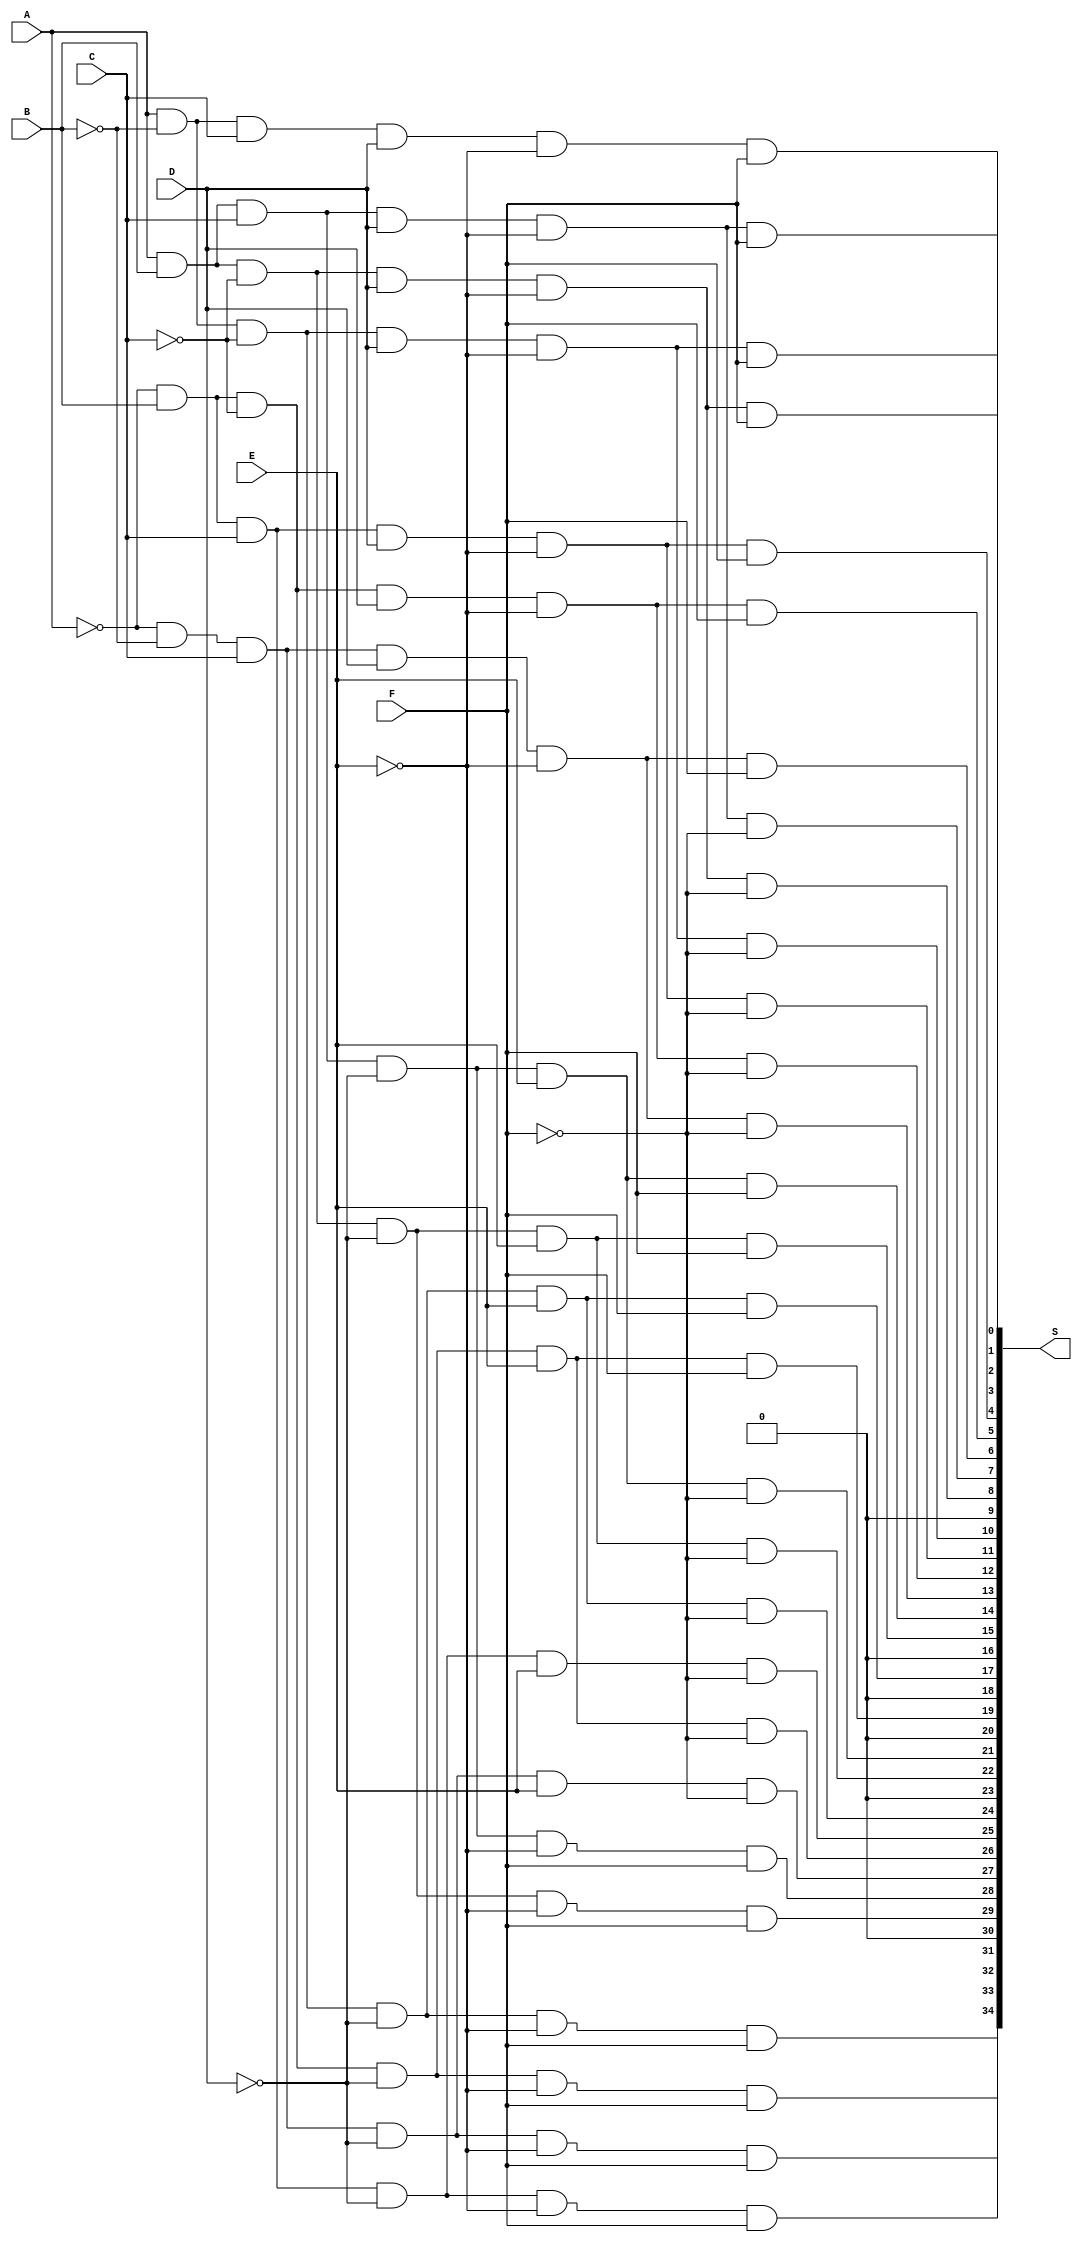
module bits35( //mudar para express~oes naordem nova 
	input A,B,C,D,E,F,
	output [34:0] S
);

not not0(A1,A);
not not1(B1,B);
not not2(C1,C);
not not3(D1,D);
not not4(E1,E);
not not5(F1,F);

//PRIMEIRO
and and0(S[34], A1,B1,C,D1,E1,F);
and and1(S[33], A1,B,C1,D1,E1,F);
and and2(S[32], A1,B,C,D1,E1,F);
and and3(S[31], A,B1,C1,D1,E1,F);
and and4(S[30], A,1'b0);
and and5(S[29], A,B,C1,D1,E1,F);
and and6(S[28], A,B,C,D1,E1,F);


//SEGUNDO
and and7(S[27], A1,B1,C,D1,E,F1);
and and8(S[26], A1,B,C1,D1,E,F1);
and and9(S[25], A1,B,C,D1,E,F1);
and and10(S[24], A,B1,C1,D1,E,F1);
and and11(S[23], A,1'b0);
and and12(S[22], A,B,C1,D1,E,F1);
and and13(S[21], A,B,C,D1,E,F1);


//TERCEIRO
and and14(S[20], A,1'b0);
and and15(S[19], A1,B,C1,D1,E,F);
and and16(S[18], A,1'b0);
and and17(S[17], A,B1,C1,D1,E,F);
and and18(S[16], A,1'b0);
and and19(S[15], A,B,C1,D1,E,F);
and and20(S[14], A,B,C,D1,E,F);


//QUARTO
and and21(S[13], A1,B1,C,D,E1,F1);
and and22(S[12], A1,B,C1,D,E1,F1);
and and23(S[11], A1,B,C,D,E1,F1);
and and24(S[10], A,B1,C1,D,E1,F1);
and and25(S[9], A,1'b0);
and and26(S[8], A,B,C1,D,E1,F1);
and and27(S[7], A,B,C,D,E1,F1);


//QUINTO
and and28(S[6], A1,B1,C,D,E1,F);
and and29(S[5], A1,B,C1,D,E1,F);
and and30(S[4], A1,B,C,D,E1,F);
and and31(S[3], A,B1,C1,D,E1,F);
and and32(S[2], A,B1,C,D,E1,F);
and and33(S[1], A,B,C1,D,E1,F);
and and34(S[0], A,B,C,D,E1,F);
endmodule